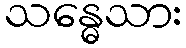
သန္ဓေသား